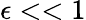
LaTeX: \epsilon<<1